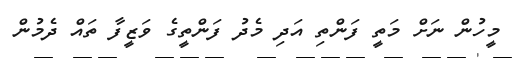
މީހުން ނަށް މަތީ ފަންތި އަދި މެދު ފަންތީގެ ވަޒީފާ ތައް ދެމުން